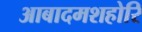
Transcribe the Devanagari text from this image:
आबादमशहोरि